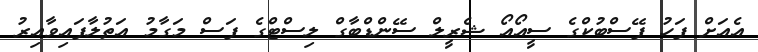
އެއަށް ފަހު ފޭސްބުކްގެ ސީއޯއޯ ޝެރީލް ސޭންޑްބާގް ލިސްޓްގެ ފަސް މަގާމު އަތުލާފައިވާއިރު